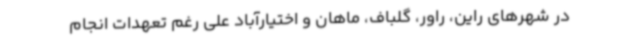
در شهرهای راین، راور، گلباف، ماهان و اختیارآباد علی رغم تعهدات انجام